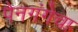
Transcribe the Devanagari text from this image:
पैनगंगेचा